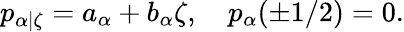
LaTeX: p_{\alpha|\zeta}=a_{\alpha}+b_{\alpha}\zeta,\quad p_{\alpha}(\pm 1/2)=0.